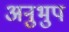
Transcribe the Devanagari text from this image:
अनुभुप